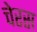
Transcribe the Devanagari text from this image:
चेरस